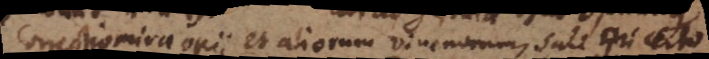
Correctio mira opii et aliorum venenorum. Sali ri certo